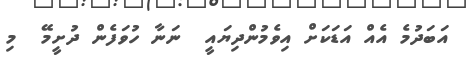
އަބަދުމެ އެއް އަޑަކަށް އިވެމުންދިޔައީ  ނަނާ ހުވަފެން ދުށީމޭ  މި